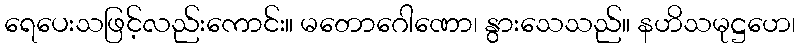
ရေပေးသဖြင့်လည်းကောင်း။ မတောဂေါဏော၊ နွားသေသည်။ နဟိသမုဋ္ဌဟေ၊